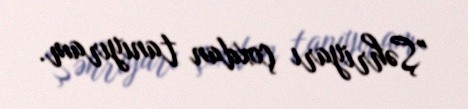
"Şəhriyarı çoxdan tanıyıram.